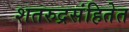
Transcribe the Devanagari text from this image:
शतरुद्रसंहितेत